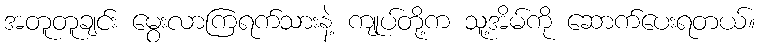
အတူတူချင်း မွေးလာကြရက်သားနဲ့ ကျုပ်တို့က သူ့အိမ်ကို ဆောက်ပေးရတယ်။